Vaccination in Burma 1889-1999 - 1889-1999
Year: 1889
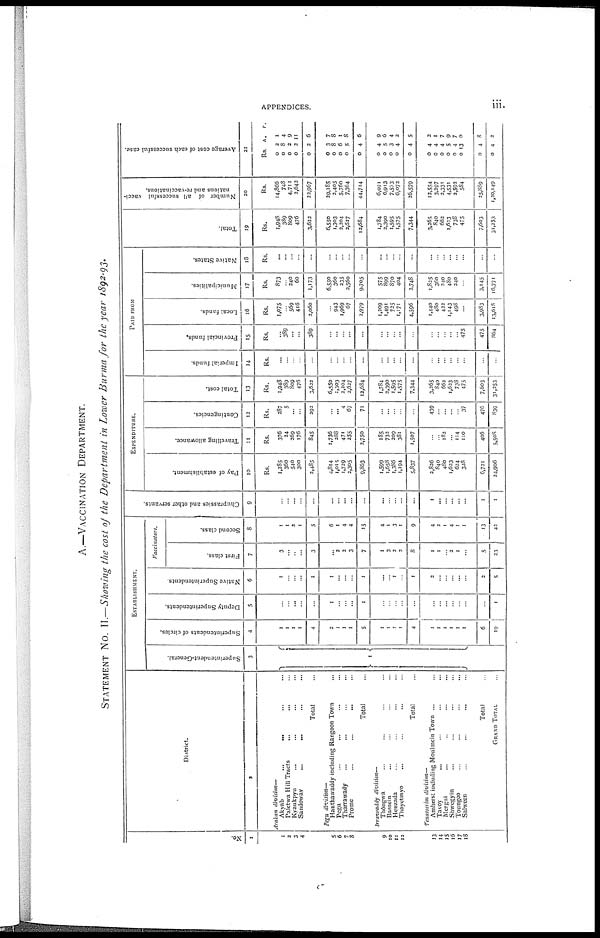
APPENDICES.
iii.
A.—VACCINATION DEPARTMENT.
STATEMENT No. II.—Showing the cost of the Department in Lower Burma for the year 1892-93.
No.
1
1
2
3
4
5
6
7
8
9
10
11
12
13
14
15
16
17
18
District.
2
Arakan division—
Akyab... ... ...
Paietwa Hill Tracts... ... ...
Kyaukpyu... ... ...
Sandowav... ... ...
Total...
Pegu division—
Hanthawaddy including Rangoon Town... ...
Pegu... ... ...
Tharrawady... ... ...
Prome... ...
Total...
Irrawaddy division—
Thongwa... ...
Bassein... ...
Henzada... ...
Thayetmyo... ...
Total...
Tenasserim division—
Amherst including Moulmein Town... ...
Tavoy... ...
Mergui... ...
Shwegyin... ... ...
Toungoo... ... ...
Sahween... ... ...
Total...
GRAND TOTAL. . . ...
ESTABLISHMENT.
Superintendent-General.
3
1
...
Superintendents of circles.
4
1
1
1
1
4
2
1
1
1
5
1
1
1
1
4
...
...
...
...
...
...
6
19
Deputy Superintendents.
5
...
...
...
...
...
1
...
...
...
1
...
...
...
...
...
...
...
...
...
...
...
...
1
Native Superintendents.
6
1
...
...
...
1
1
...
...
...
1
...
...
1
...
1
2
...
...
...
...
...
2
5
Vaccinators.
First class.
7
3
...
...
...
3
...
2
2
3
7
1
3
2
3
8
1
1
...
2
1
...
5
23
Second class.
8
1
1
2
1
5
6
1
4
4
15
4
1
3
1
9
4
2
1
4
1
1
13
42
Chuprassies and other servants
9
...
...
...
...
...
...
...
...
...
...
...
...
...
...
...
1
...
...
...
...
...
1
1
EXPENDATURE.
Pay of establishment.
10
Rs.
1,285
360
540
300
3,485
4,814
1,015
1,729
2,305
9,863
1,599
1,658
1,386
1,194
5,837
2,826
840
480
1,623
624
328
6,721
24,906
Travelling allowance.
11
Rs.
376
24
269
176
845
1,736
288
471
255
2,750
185
732
209
381
1,507
...
182
...
114
110
406
5,508
Contingencies.
12
Rs.
287
5
...
...
292
...
... 4
67
71
...
...
...
...
...
439
...
...
...
...
37
476
839
Total cost.
13
Rs.
1,948
389
809
476
3,622
6,550
1,303
2,204
2,627
12,684
1,784
2,390
1,595
1,575
7,344
3,265
840
662
1,623
738
475
7,603
31,253
PAID FROM
Imperial funds.
14
Rs.
...
...
...
...
...
...
...
...
...
...
...
...
...
...
...
...
...
...
...
...
...
...
...
Provincial funds.
15
Rs.
...
389
...
...
389
...
...
...
...
...
...
...
...
...
...
...
...
...
...
...
475
475
864
Local funds.
16
Rs.
1,075
...
569
416
2,060
...
943
1,969
67
2,979
1,209
1,491
725
1,171
4,596
1,440
480
422
1,143
498
...
3,983
13,618
Municipalities.
17
Rs.
873
...
240
60
1,173
6,550
360
235
2,560
9,705
575
899
870
404
2,748
1,825
360
240
480
240
...
3,145
16,771
Native States.
18
Rs.
...
...
...
...
...
...
...
...
...
...
...
...
...
...
...
...
...
...
...
...
...
...
...
Total.
19
Rs.
1,948
389
809
476
3,622
6,550
1,303
2,204
2,627
12,684
1,784
2,390
1,595
1,575
7,344
3,265
840
663
1,623
738
475
7,603
31,253
Number of all successful vacci-
nations and re-vaccinations.
20
Rs.
14,866
748
4,711
2,642
22,967
29,185
2,405
5,760
7,364
44,714
6,021
6,913
7,573
6,072
26,579
12,554
3,297
2,331
4,531
2,592
584
25,889
1,20,149
Average cost of each successful case.
21
Rs
0
0
0
0
0
0
0
0
0
0
0
0
0
0
0
0
0
0
0
0
0
0
0
A.
2
8
2
2
2
3
8
6
5
4
4
5
3
4
4
4
4
4
5
4
13
4
4
P.
1
4
9
11
6
7
8
1
8
6
9
6
4
2
5
2
1
7
9
7
0
8
2